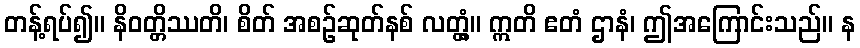
တန့်ရပ်၍။ နိဝတ္တိဿတိ၊ စိတ် အစဉ်ဆုတ်နစ် လတ္တံ့။ ဣတိ ဧတံ ဌာနံ၊ ဤအကြောင်းသည်။ န